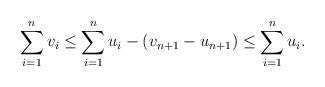
LaTeX: \begin{align*}\sum_{i=1}^n v_i \leq \sum_{i=1}^n u_i - \left( v_{n+1}- u_{n+1}\right) \leq \sum_{i=1}^n u_i. \end{align*}